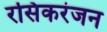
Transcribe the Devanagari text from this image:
रसिकरंजन